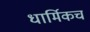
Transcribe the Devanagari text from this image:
धार्मिकच